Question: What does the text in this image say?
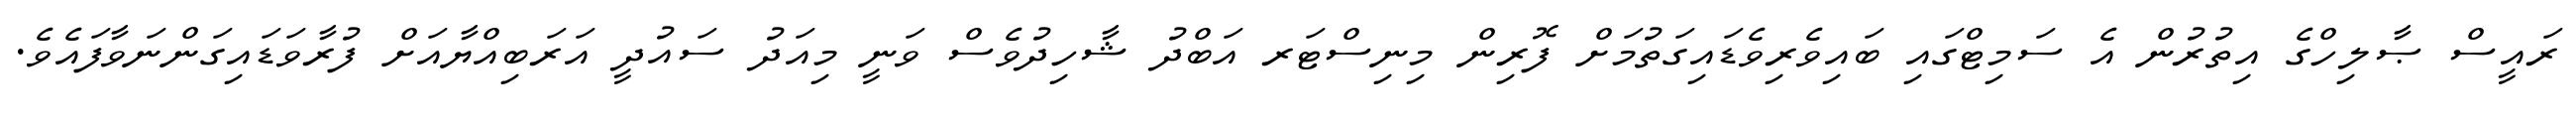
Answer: ރައީސް ޞާލިހްގެ އިތުރުން އެ ސަމިޓްގައި ބައިވެރިވެޑައިގަތުމަށް ފޮރިން މިނިސްޓަރ އަބްދު ޝާހިދުވެސް ވަނީ މިއަދު ސައުދީ އަރަބިއްޔާއަށް ފުރާވަޑައިގަންނަވާފައެވެ.